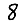
Digit: 8